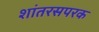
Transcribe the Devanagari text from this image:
शांतरसपरक